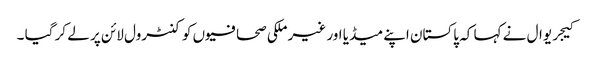
کیجریوال نے کہا کہ پاکستان اپنے میڈیا اور غیر ملکی صحافیوں کو کنٹرول لائن پر لے کر گیا ۔